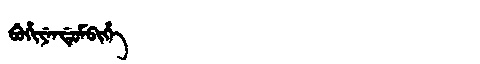
Manchu: ᠪᡠᡥᡳᠶᡝᠨᡩᡠᠮᠪᡳᡥᡝ
Romanization: BUHIYENDUMBIHE